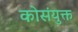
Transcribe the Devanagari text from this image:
कोसंयुक्त